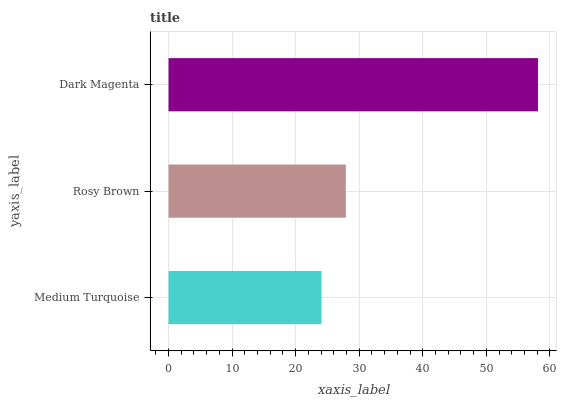
| yaxis_label | bars |
 | --- | --- |
 | Medium Turquoise | 24.1 |
 | Rosy Brown | 27.9 |
 | Dark Magenta | 58.1 |